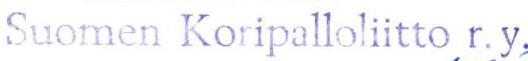
Suomen Koripalloliitto r.y.